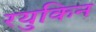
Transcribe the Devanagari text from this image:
रयुकिन